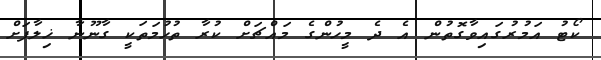
ކޯޓު އަމުރުގައިވާގޮތުން އެ ދެ މީހުންގެ މައްޗަށް ކުރާ ތުހުމަތަކީ ގާނޫނާ ޚިލާފަށް